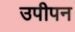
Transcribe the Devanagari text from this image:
उपीपन